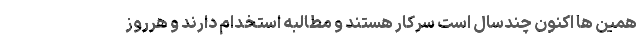
همین ها اکنون چندسال است سرکار هستند و مطالبه استخدام دارند و هرروز